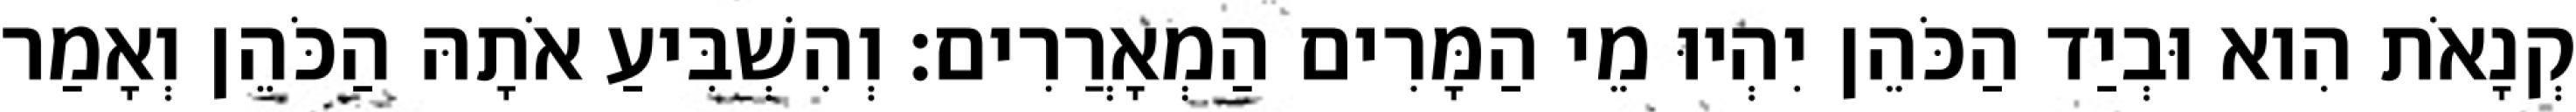
קְנָאֹת הִוא וּבְיַד הַכֹּהֵן יִהְיוּ מֵי הַמָּרִים הַמְאָרֲרִים׃ וְהִשְׁבִּיעַ אֹתָהּ הַכֹּהֵן וְאָמַר